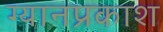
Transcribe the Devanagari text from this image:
ग्यानप्रकाश